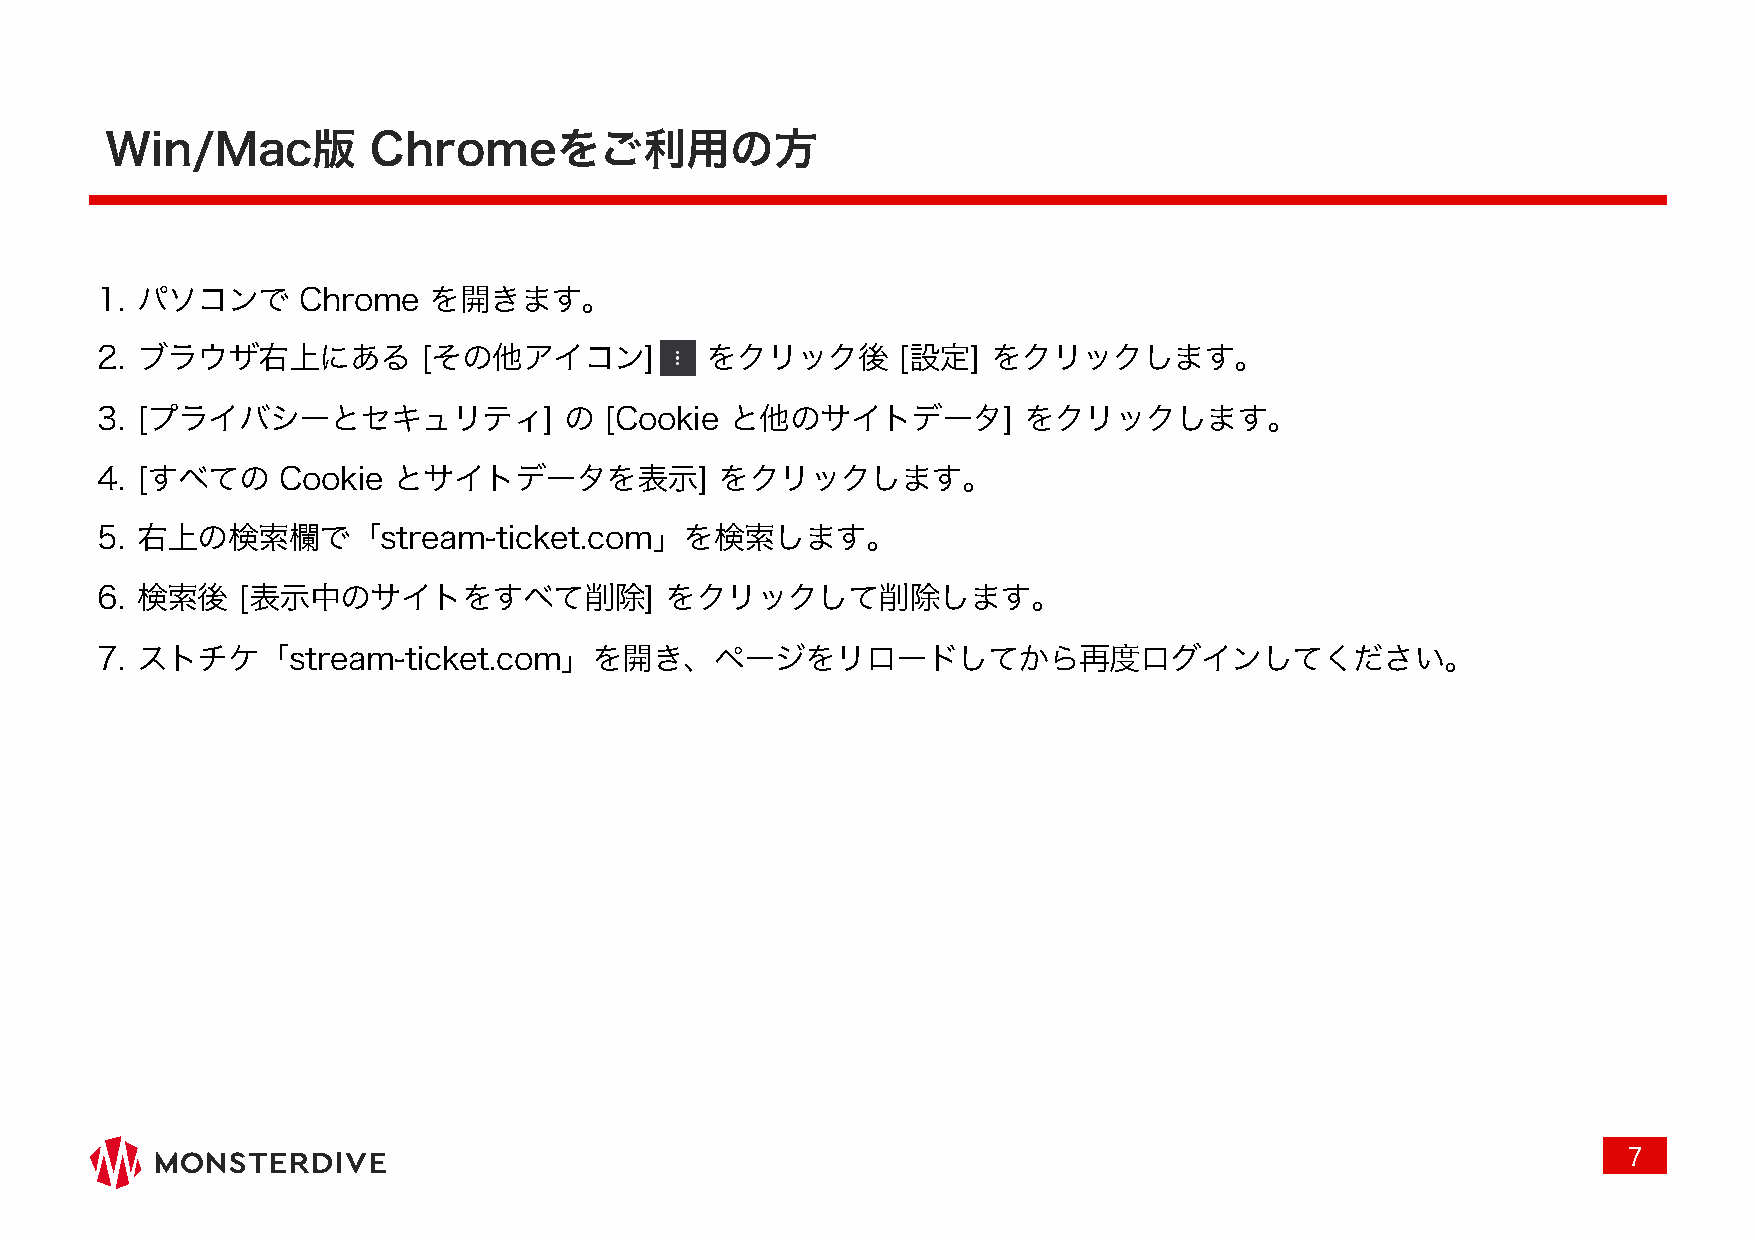
Win/Mac版          Chromeをご利用の方
 1. パソコンで      Chrome  を開きます。
 2. ブラウザ右上にある          [その他アイコン]          をクリック後      [設定]   をクリックします。
 3. [プライバシーとセキュリティ]             の  [Cookie と他のサイトデータ]          をクリックします。
 4. [すべての    Cookie  とサイトデータを表示]           をクリックします。
 5. 右上の検索欄で「stream-ticket.com」を検索します。
 6. 検索後    [表示中のサイトをすべて削除]             をクリックして削除します。
 7. ストチケ「stream-ticket.com」を開き、ページをリロードしてから再度ログインしてください。
 7